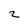
Character: z